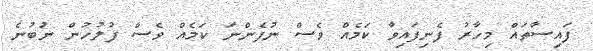
ފައިސާތައް މިހާރު ފެނިފައިވާ ކަމެއް ވެސް ނުފެންނަ ކަމެއް ވެސް ފުލުހުން ނުބުނެ